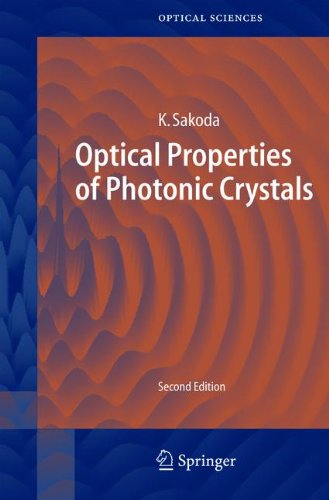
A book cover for Optical Properties of Photonic Crystals; Kazuaki Sakoda; Science & Math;